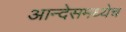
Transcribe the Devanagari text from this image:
आन्देसमध्येच